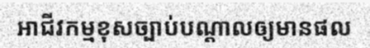
អាជីវកម្មខុសច្បាប់បណ្តាលឲ្យមានផល